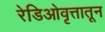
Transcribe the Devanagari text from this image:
रेडिओवृत्तातून